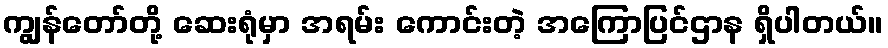
ကျွန်တော်တို့ ဆေးရုံမှာ အရမ်း ကောင်းတဲ့ အကြောပြင်ဌာန ရှိပါတယ်။